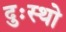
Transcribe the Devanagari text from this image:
दुःस्थो